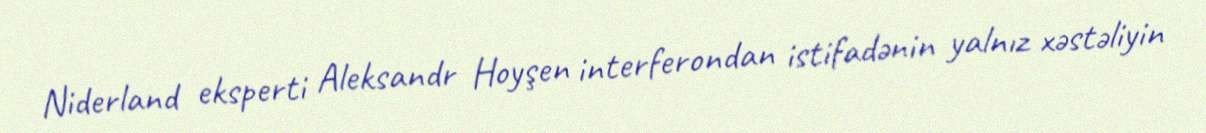
Niderland eksperti Aleksandr Hoyşen interferondan istifadənin yalnız xəstəliyin